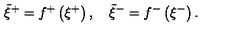
\tilde { \xi } ^ { + } = f ^ { + } \left( \xi ^ { + } \right) , \quad \tilde { \xi } ^ { - } = f ^ { - } \left( \xi ^ { - } \right) .